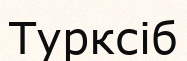
Турксіб